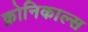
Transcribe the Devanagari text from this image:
क्रोनिकाल्स